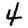
Digit: 4